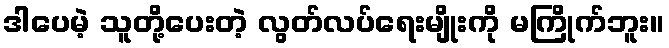
ဒါပေမဲ့ သူတို့ပေးတဲ့ လွတ်လပ်ရေးမျိုးကို မကြိုက်ဘူး။